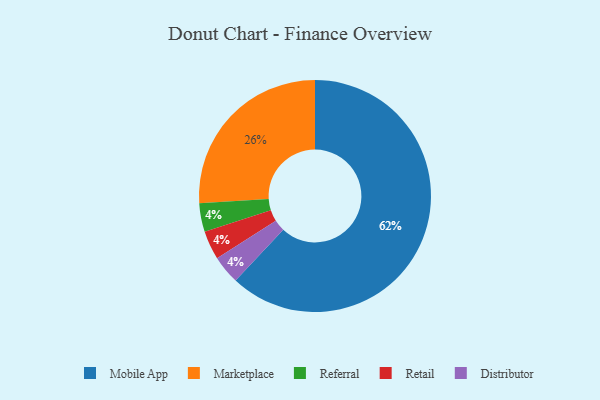
{"axis": {"x": "Category", "y": "Percentage"}, "legend": ["Distributor", "Marketplace", "Mobile App", "Referral", "Retail"], "data": [{"x": "Referral", "y": 4, "type": "Referral"}, {"x": "Retail", "y": 4, "type": "Retail"}, {"x": "Mobile App", "y": 62, "type": "Mobile App"}, {"x": "Marketplace", "y": 26, "type": "Marketplace"}, {"x": "Distributor", "y": 4, "type": "Distributor"}]}